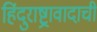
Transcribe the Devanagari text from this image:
हिंदुराष्ट्रावादाची